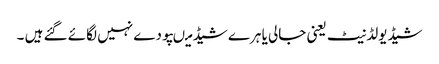
شیڈیولڈنیٹ یعنی جالی یا ہرے شیڈ میںپودے نہیں لگائے گئے ہیں ۔